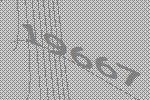
19667